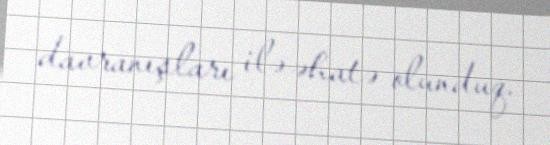
davranışları ilə əhatə olunduq.